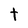
Character: t